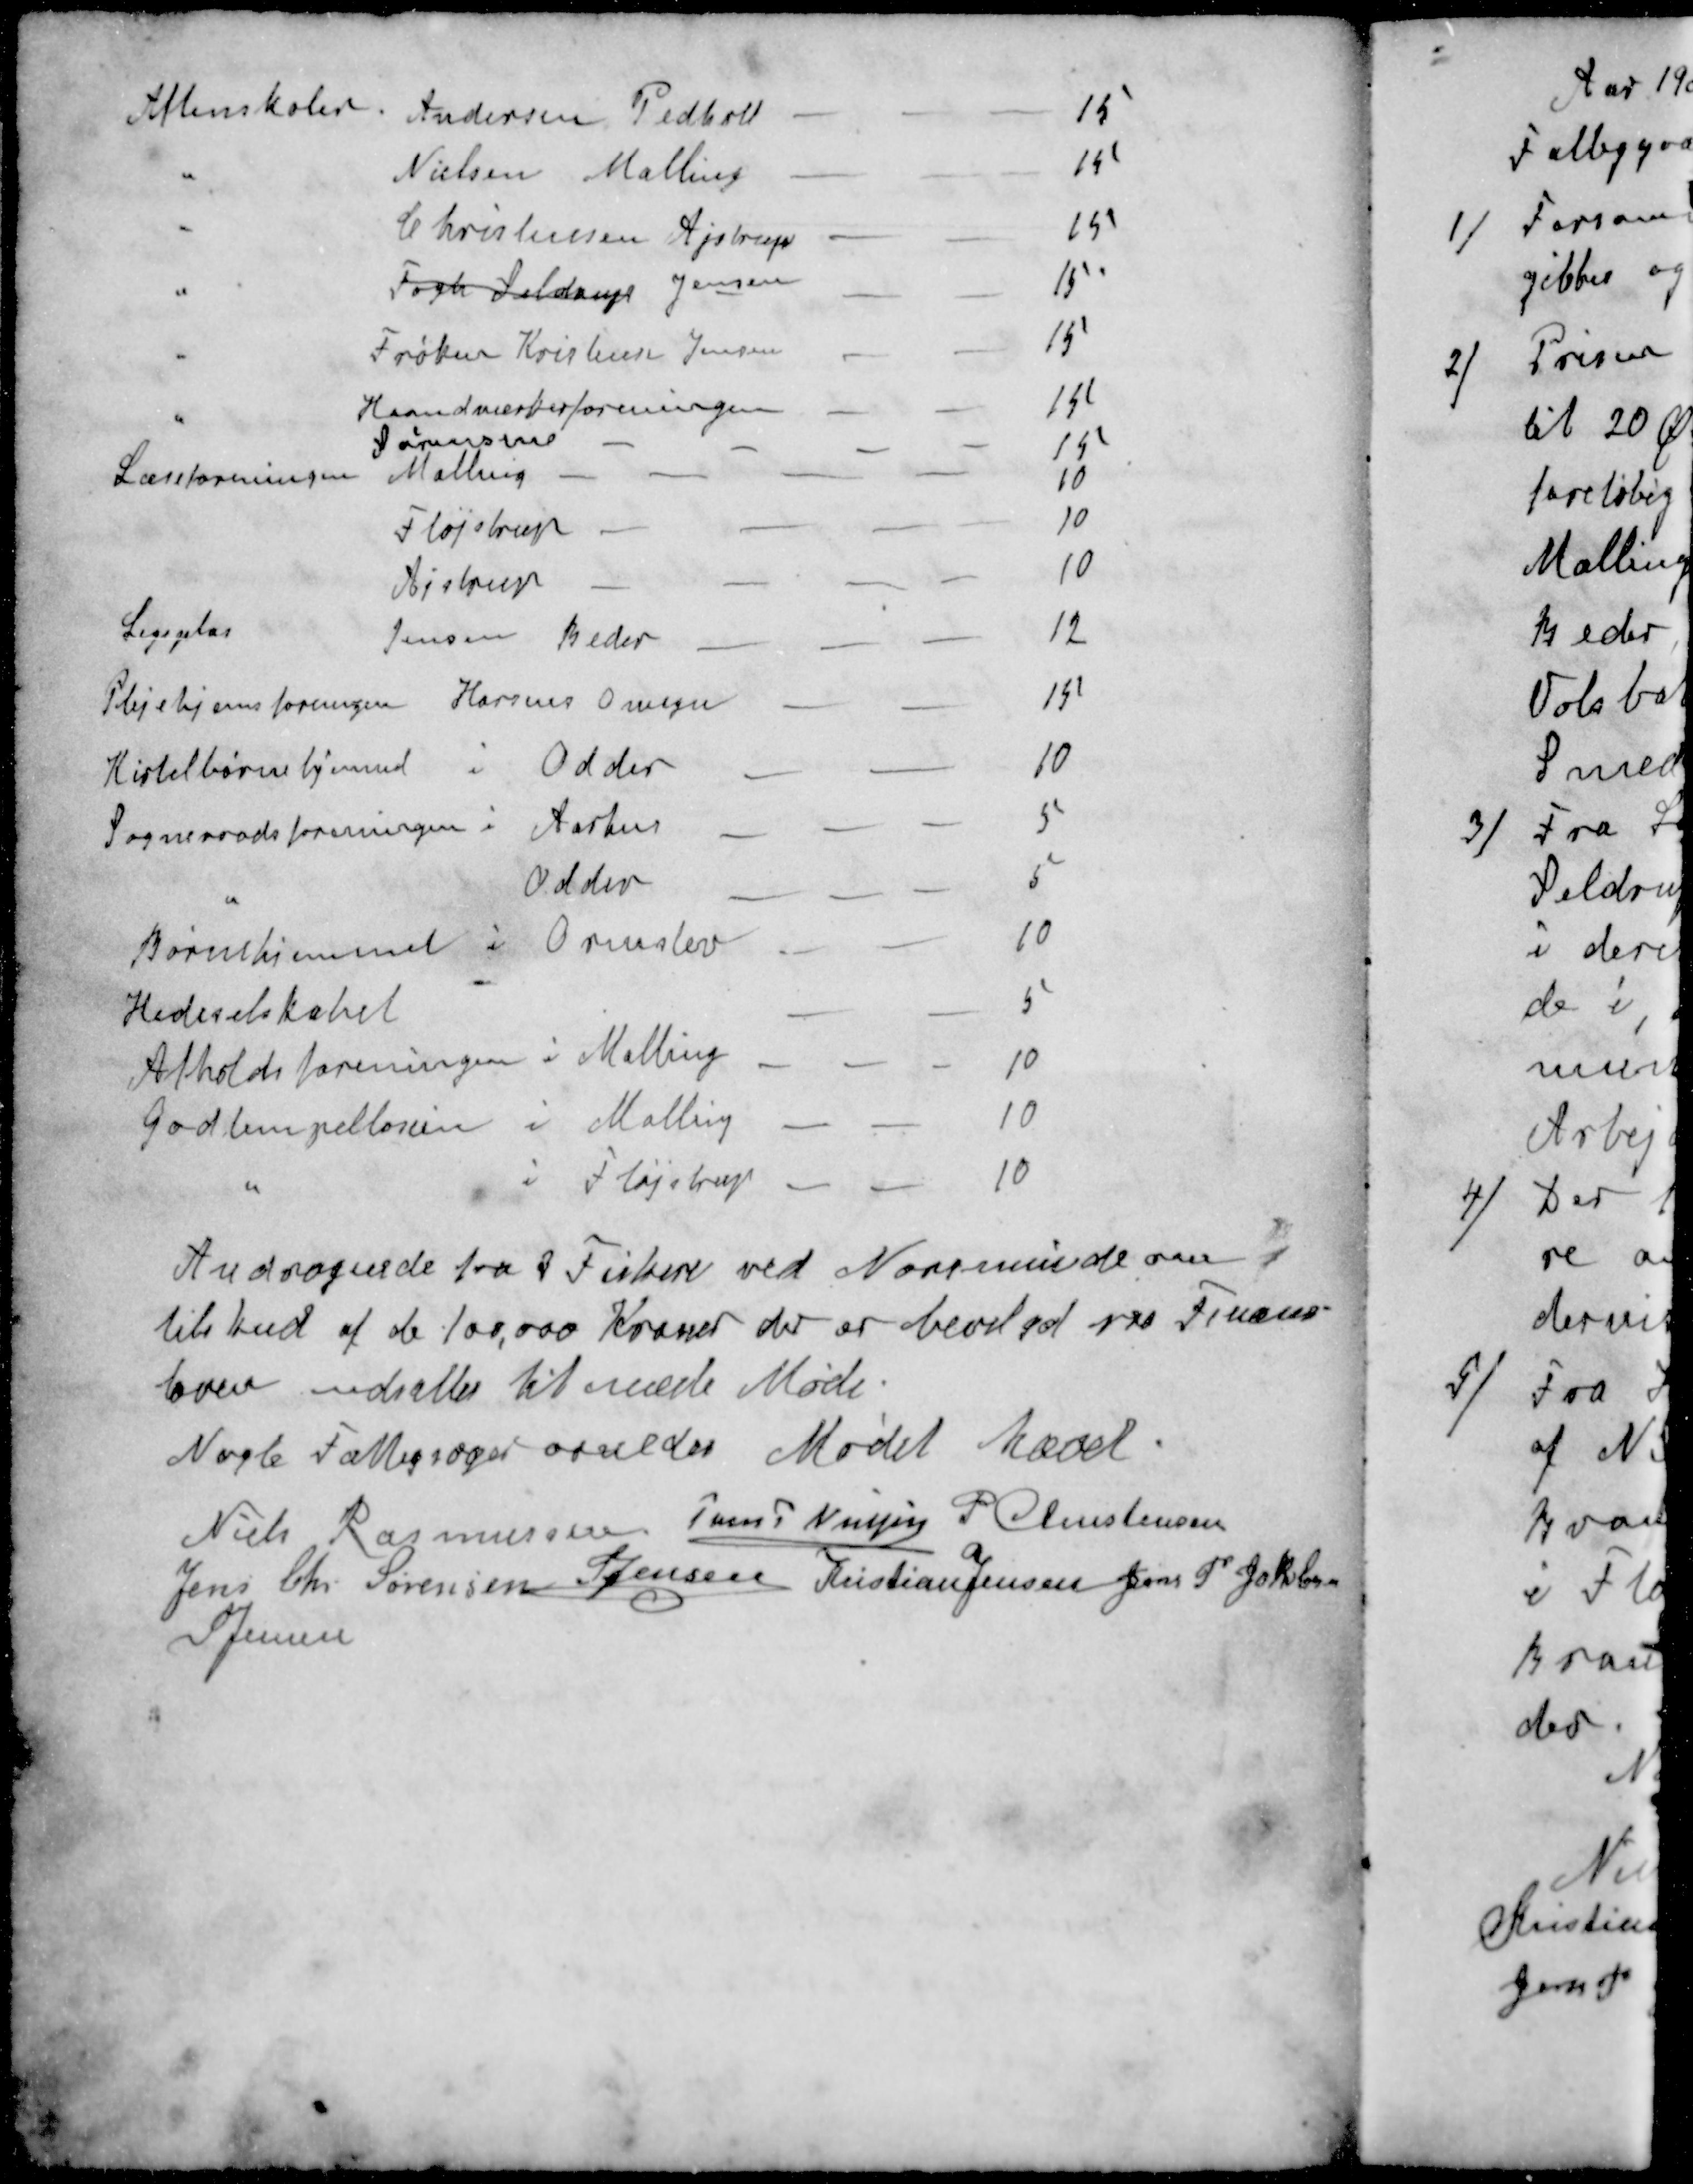
Transskription:
Aftenskolen Andersen Pedholt
15
"
Nielsen Malling
15
"
Christensen Ajstrup
15
"
Fogh Seldrup Jensen
15
"
Frøken Kristensen Jensen
15
"
Haandværkerforeningen
15
Sørensen
15
Læseforeningen Malling
10
Fløjstrup
10
Ajstrup
10
Legeplas Jensen Beder 
Legeplas Jensen Beder 
12
Plejehjemsforeningen Horsens Omegn
15
Kirtelbørnehjemmet i Odder
10
Sogneraadsforeningen i Aarhus
5
"
Odder
5
Børnehjemmet i Ormslev
10
Hedeselskabet
5
Afholdsforeningen i Malling 
10
Godtempellosen i Malling 
10
"
i Fløjstrup 
10
Andragende fra 3 Fiskere ved Norsminde om 
tilskud af de 100,000 Kroner der er bevilget paa Finans-
loven udsattes til næde Møde.
Nogle Fattigsager ornedes Mødet hævet
Niels Rasmussen
Jens P Nielsen
P Christensen
Jens Chr Sørensen
S Jensen
Kristian Jensen
Jens P. Jakobsen
S Jensen